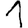
Digit: 1